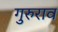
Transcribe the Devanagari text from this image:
गुरुराव